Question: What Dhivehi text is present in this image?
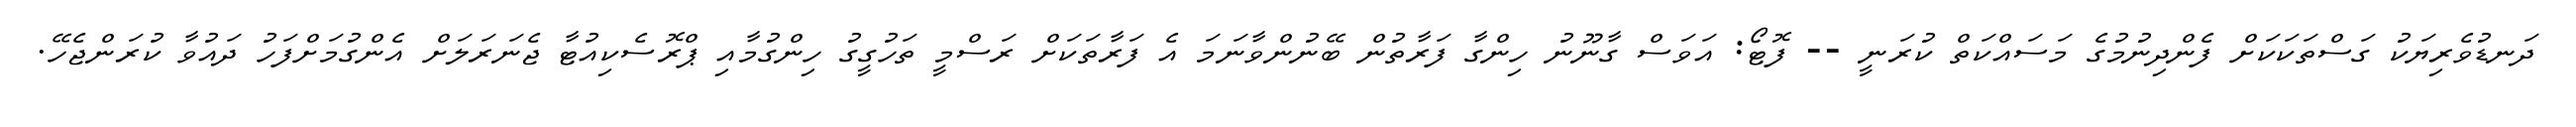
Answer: ދަނޑުވެރިޔަކު ގަސްތަކަކަށް ފެންދިނުމުގެ މަސައްކަތް ކުރަނީ -- ފޮޓޯ: އަވަސް ގާނޫނު ހިންގާ ފަރާތުން ބޭނުންވާނަމަ އެ ފަރާތަކަށް ރަސްމީ ތަހުގީގު ހިންގުމާއި ޕްރޮސެކިއުޓާ ޖެނަރަލަށް އެންގުމަށްފަހު ދައުވާ ކުރަންޖެހޭ.